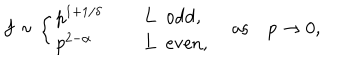
f \sim \left\{ \begin{array} { l l } { { p ^ { 1 + 1 / \delta } } } & { { \quad \mathrm { ~ L ~ o d d } , } } \\ { { p ^ { 2 - \alpha } } } & { { \quad \mathrm { ~ L ~ e v e n } , } } \\ \end{array} \right. \quad \mathrm { a s } \quad p \to 0 ,